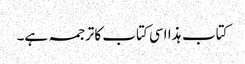
کتاب ہذا اسی کتاب کاترجمہ ہے۔